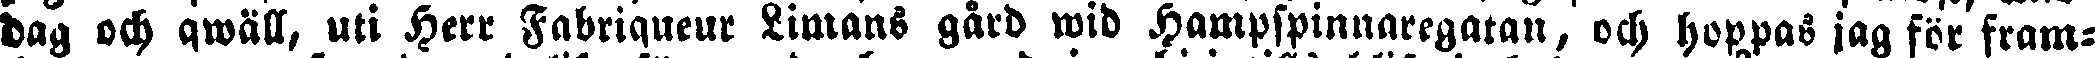
dag och qwäll, uti Herr Fabriqueur Limans gård wid Hampspinnaregatan, och hoppas jag för fram-